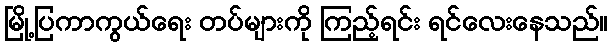
မြို့ပြကာကွယ်ရေး တပ်များကို ကြည့်ရင်း ရင်လေးနေသည်။